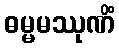
ဓမ္မမဿုဏိံ